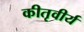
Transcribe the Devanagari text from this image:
कीतृवीर्य